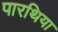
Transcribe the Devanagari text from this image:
पारथिया